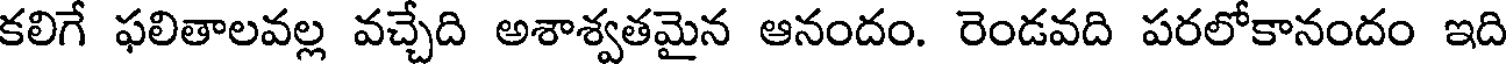
కలిగే ఫలితాలవల్ల వచ్చేది అశాశ్వతమైన ఆనందం. రెండవది పరలోకానందం ఇది